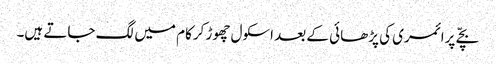
بچّے پرائمری کی پڑھائی کے بعد اسکول چھوڑ کرکام میں لگ جاتے ہیں۔